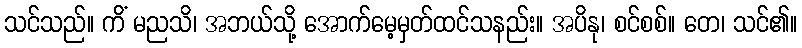
သင်သည်။ ကိံ မညသိ၊ အဘယ်သို့ အောက်မေ့မှတ်ထင်သနည်း။ အပိနု၊ စင်စစ်။ တေ၊ သင်၏။